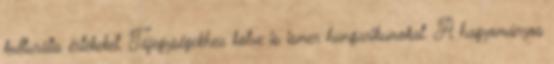
kulturális értékeket. Tájegységekhez kötve is ismer hungarikumokat. A hagyományos